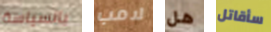
بالسياسة لامب هل سأقاتل